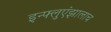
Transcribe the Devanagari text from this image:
इन्फ्लुएंझालाच